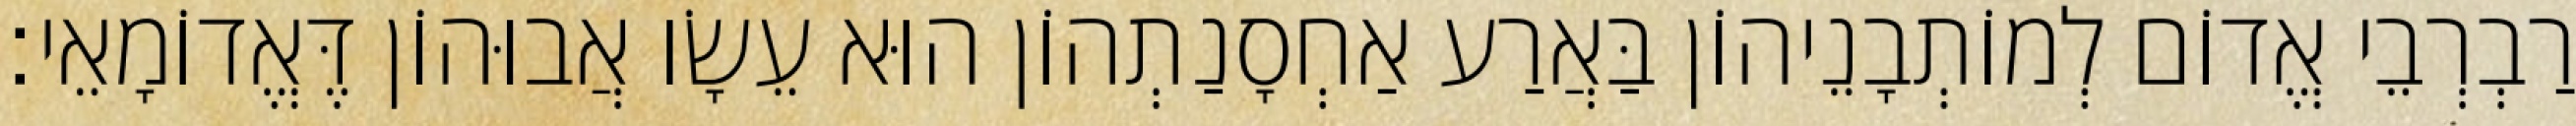
רַבְרְבֵי אֱדוֹם לְמוֹתְבָנֵיהוֹן בַּאֲרַע אַחְסָנַתְהוֹן הוּא עֵשָׂו אֲבוּהוֹן דֶּאֱדוֹמָאֵי׃